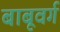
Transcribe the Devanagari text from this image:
बाबूवर्ग